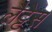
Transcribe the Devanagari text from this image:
लैट्टेस